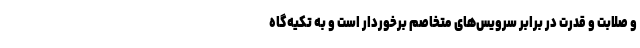
و صلابت و قدرت در برابر سرویس‌های متخاصم برخوردار است و به تکیه‌گاه